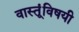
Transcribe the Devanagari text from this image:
वास्तूंविषयी